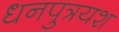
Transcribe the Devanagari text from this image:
धनपुत्रयश